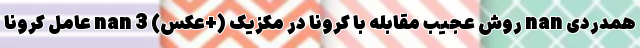
همدردی nan روش عجیب مقابله با کرونا در مکزیک (+عکس) nan 3 عامل کرونا